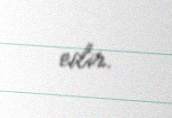
edir.